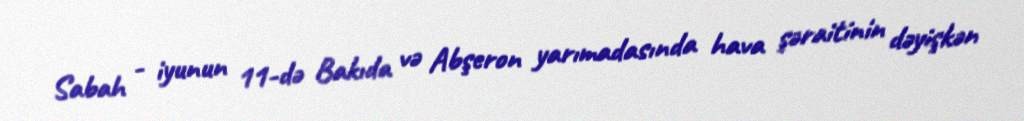
Sabah - iyunun 11-də Bakıda və Abşeron yarımadasında hava şəraitinin dəyişkən